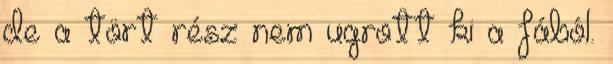
de a tört rész nem ugrott ki a fából.